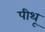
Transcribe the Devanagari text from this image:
पीथू